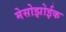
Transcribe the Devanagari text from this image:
मेसोझोईक